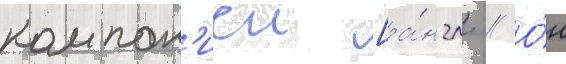
компан'иеи [а́нгл. // О́н